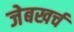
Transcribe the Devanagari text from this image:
जेबखर्च